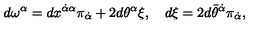
d \omega ^ { \alpha } = d x ^ { \dot { \alpha } \alpha } \pi _ { \dot { \alpha } } + 2 d \theta ^ { \alpha } \xi , \quad d \xi = 2 d \bar { \theta } ^ { \dot { \alpha } } \pi _ { \dot { \alpha } } ,